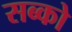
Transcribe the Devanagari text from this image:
सब्को